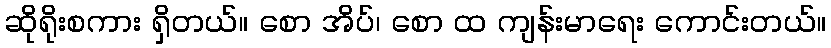
ဆိုရိုးစကား ရှိတယ်။ စော အိပ်၊ စော ထ ကျန်းမာရေး ကောင်းတယ်။